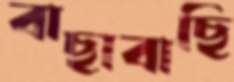
বাছাবাছি